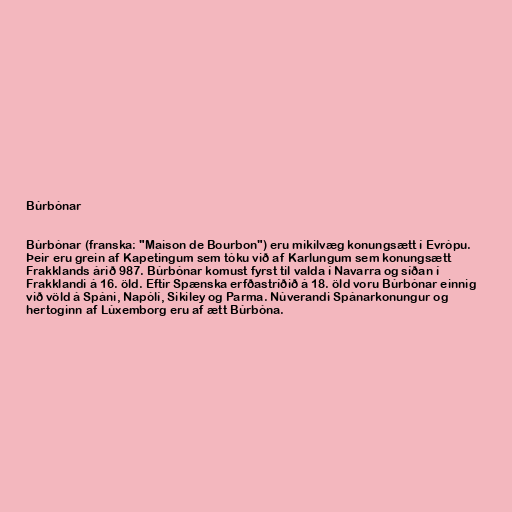
Búrbónar

Búrbónar (franska: "Maison de Bourbon") eru mikilvæg konungsætt í Evrópu.
Þeir eru grein af Kapetingum sem tóku við af Karlungum sem konungsætt
Frakklands árið 987. Búrbónar komust fyrst til valda í Navarra og síðan í
Frakklandi á 16. öld. Eftir Spænska erfðastríðið á 18. öld voru Búrbónar einnig
við völd á Spáni, Napólí, Sikiley og Parma. Núverandi Spánarkonungur og
hertoginn af Lúxemborg eru af ætt Búrbóna.